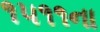
૧૫૧૧ના